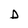
Character: D